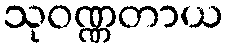
သုဝဏ္ဏတာယ